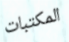
المكتبات